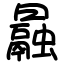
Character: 曧